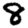
Digit: 8